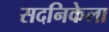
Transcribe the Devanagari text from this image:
सदनिकेला